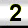
Digit: 2